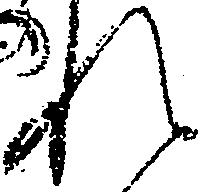
れ